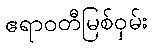
ဧရာဝတီမြစ်ဝှမ်း